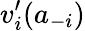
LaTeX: v_{i}^{\prime}(a_{-i})